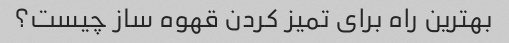
بهترین راه برای تمیز کردن قهوه ساز چیست؟